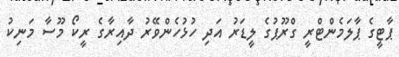
ޕާޓީގެ ޕާލަމެންޓްރީ ގްރޫޕުގެ ލީޑަރު އަދި ހުޅުހެންވޭރު ދާއިރާގެ ރީކޯ މޫސާ މަނިކު